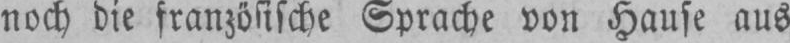
noch die französische Sprache von Hause aus